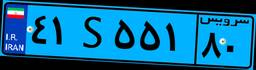
۵۱S۳۴۷۸۱